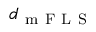
d _ { \mathrm { ~ m ~ F ~ L ~ S ~ } }